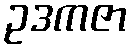
ဥဒကဇာ